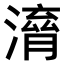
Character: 𣽱